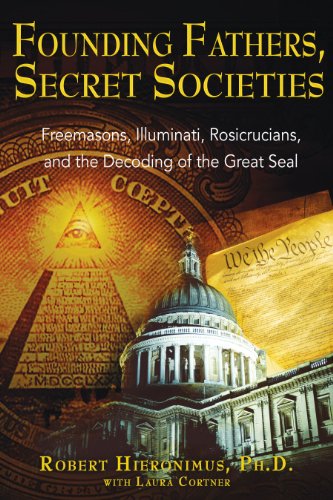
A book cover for Founding Fathers, Secret Societies: Freemasons, Illuminati, Rosicrucians, and the Decoding of the Great Seal; Robert Hieronimus Ph.D.; Religion & Spirituality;